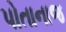
પોતાનાજ